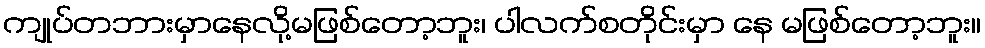
ကျုပ်တဘားမှာနေလို့မဖြစ်တော့ဘူး၊ ပါလက်စတိုင်းမှာ နေ မဖြစ်တော့ဘူး။